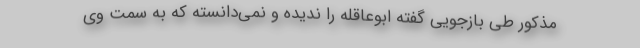
مذکور طی بازجویی گفته ابوعاقله را ندیده و نمی‌دانسته که به سمت وی